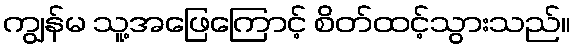
ကျွန်မ သူ့အဖြေကြောင့် စိတ်ထင့်သွားသည်။